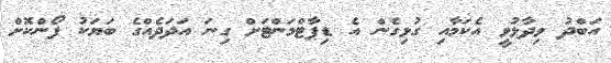
އަބްދު ވިދާޅުވީ އެކަމާއި ގުޅިގެން އެ ޑިޕާޓްމަންޓަށް ގިނަ އަދަދެއްގެ ބަޔަކު ފޯންކޮށް